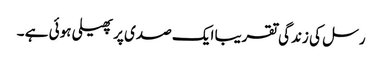
رسل کی زندگی تقریبا ایک صدی پر پھیلی ہوئی ہے ۔